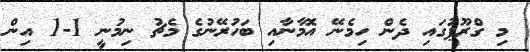
މި ގްރޫޕުގައި ދެން ހިމެނޭ އޮމާނާއި ބަހުރޭނުގެ މެޗު ނިމުނީ 1-1 އިން